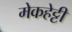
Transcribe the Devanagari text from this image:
मेकहेट्टी